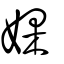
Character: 婐